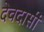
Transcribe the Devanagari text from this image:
देवदासीं